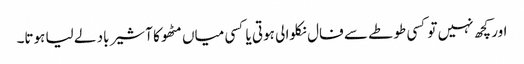
اور کچھ نہیں تو کسی طوطے سے فال نکلوا لی ہوتی یا کسی میاں مٹھو کا آشیر باد لے لیا ہوتا۔